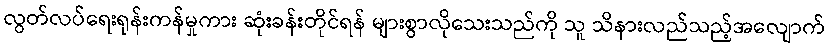
လွတ်လပ်ရေးရုန်းကန်မှုကား ဆုံးခန်းတိုင်ရန် များစွာလိုသေးသည်ကို သူ သိနားလည်သည့်အလျောက်